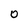
Character: 0